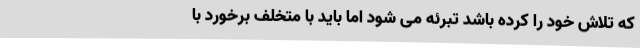
که تلاش خود را کرده باشد تبرئه می شود اما باید با متخلف برخورد با